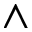
\wedge